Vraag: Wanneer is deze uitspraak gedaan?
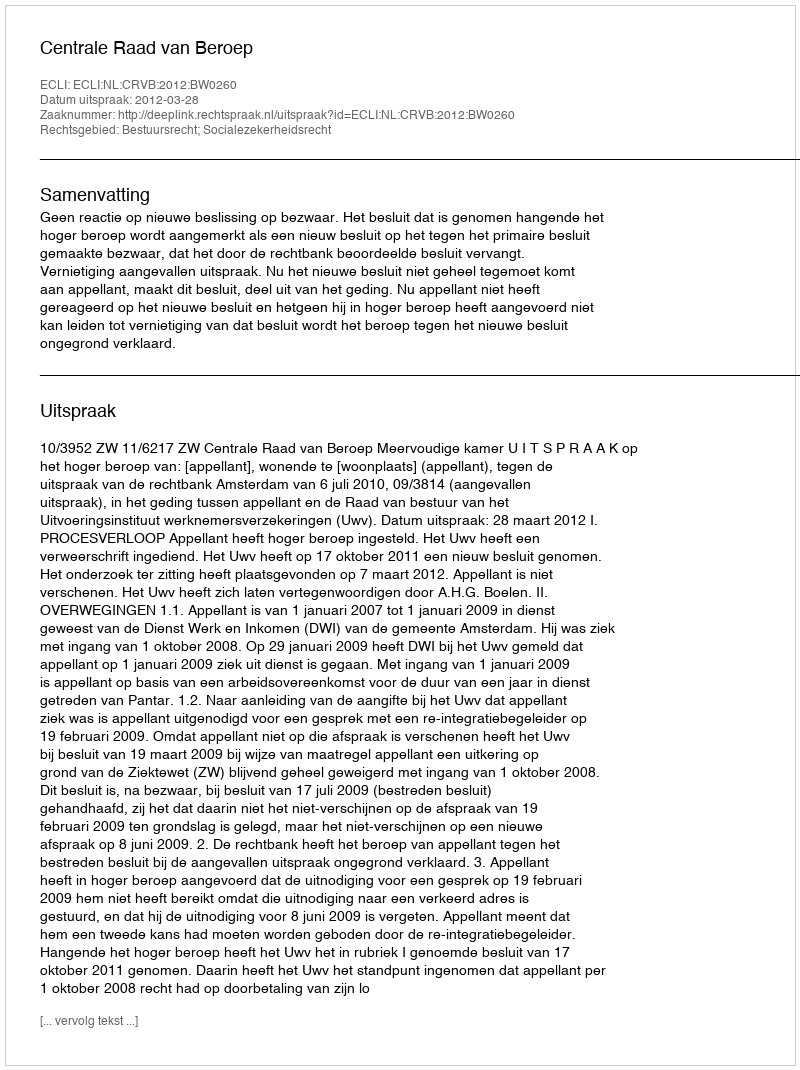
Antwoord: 2012-03-28